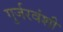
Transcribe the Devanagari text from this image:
गुर्जरवंशी